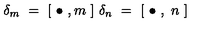
\delta _ { m } \ = \ [ \ \bullet \ , m \ ] \ \delta _ { n } \ = \ [ \ \bullet \ , \ n \ ]